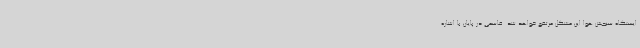
ایستگاه سنجش هوا این مشکل مرتفع خواهد شد. قاسمی در پایان با اشاره